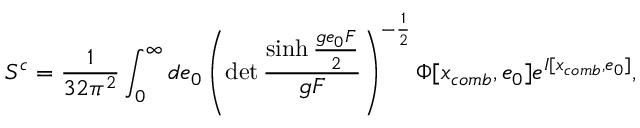
S ^ { c } = \frac { 1 } { 3 2 \pi ^ { 2 } } \int _ { 0 } ^ { \infty } d e _ { 0 } \left( \operatorname * { d e t } \frac { \sinh \frac { g e _ { 0 } F } { 2 } } { g F } \right) ^ { - \frac { 1 } { 2 } } \Phi [ x _ { c o m b } , e _ { 0 } ] e ^ { I [ x _ { c o m b } , e _ { 0 } ] } ,